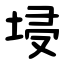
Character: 埐